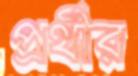
প্রর্থীর